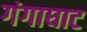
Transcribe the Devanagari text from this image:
गंगाघाट